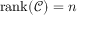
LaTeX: \operatorname { r a n k } ( { \mathcal { C } } ) = n